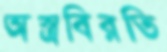
অস্ত্রবিরতি